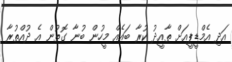
އަދި އެމްޑީޕީއަށް ތާއީދު ކުރާ ބައެއް މީހުން ބުނާ ގޮތުން އެ ދުއްތުރާ